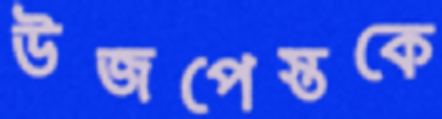
উজপেস্তকে